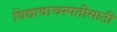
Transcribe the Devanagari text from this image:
विद्यावाचस्पतीसाठी